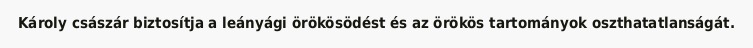
Károly császár biztosítja a leányági örökösödést és az örökös tartományok oszthatatlanságát.